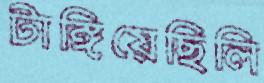
টাঙ্গিয়েছিলি